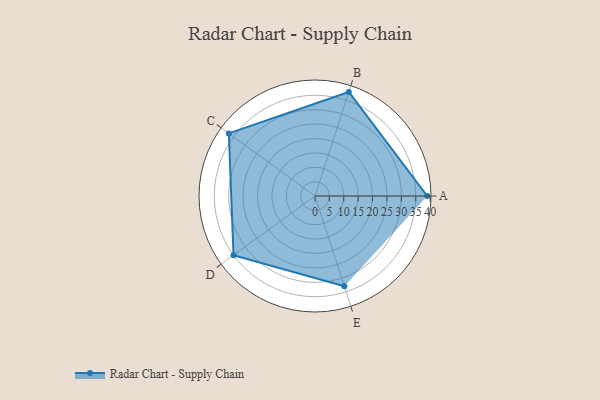
{"axis": {"x": "Skill", "y": "Score"}, "legend": ["Profile"], "data": [{"x": "A", "y": 39.0, "type": "Profile"}, {"x": "B", "y": 38.0, "type": "Profile"}, {"x": "C", "y": 37.0, "type": "Profile"}, {"x": "D", "y": 35.0, "type": "Profile"}, {"x": "E", "y": 33.0, "type": "Profile"}]}